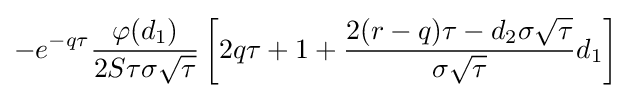
-e^{-q\tau }{\frac {\varphi (d_{1})}{2S\tau \sigma {\sqrt {\tau }}}}\left[2q\tau +1+{\frac {2(r-q)\tau -d_{2}\sigma {\sqrt {\tau }}}{\sigma {\sqrt {\tau }}}}d_{1}\right]